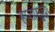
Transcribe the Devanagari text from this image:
हप्तासुद्धा